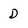
Character: D